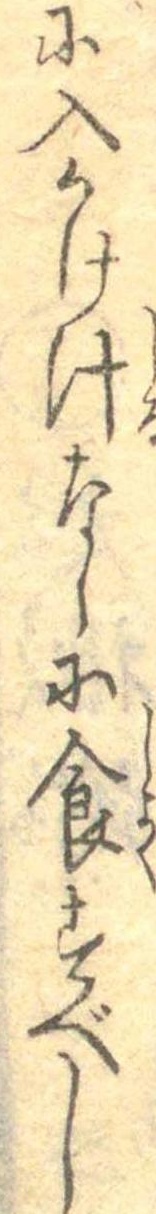
に入かけ汁なしに食すべし